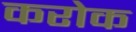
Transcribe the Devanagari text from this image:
करोक